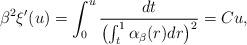
LaTeX: \begin{align*}\beta^2\xi'(u)=\int_0^u\frac{dt}{\bigl(\int_t^1\alpha_\beta(r)dr\bigr)^2}=Cu,\end{align*}